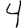
Digit: 4